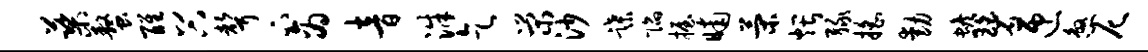
蕖螯醒谷声下商音洙乞荣沙蹀陷握晡策煨绿摇动蟾碧匝煞尼